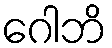
ဂေါဘိ